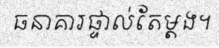
ធនាគារផ្ទាល់តែម្តង។